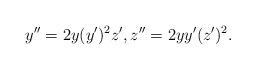
LaTeX: \begin{align*}y''=2y(y')^2z', z''=2yy'(z')^2.\end{align*}